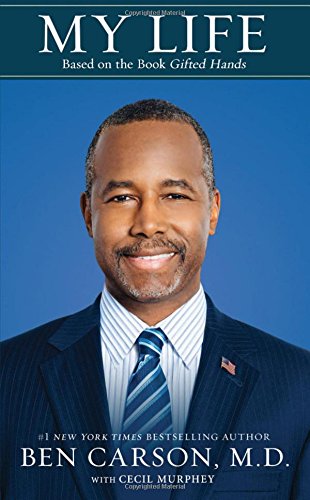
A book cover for My Life: Based on the Book Gifted Hands; Ben Carson  M.D.; Biographies & Memoirs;